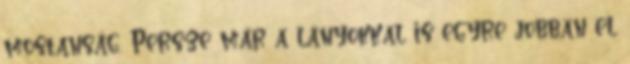
mostanság. Persze már a lányokkal is egyre jobban el